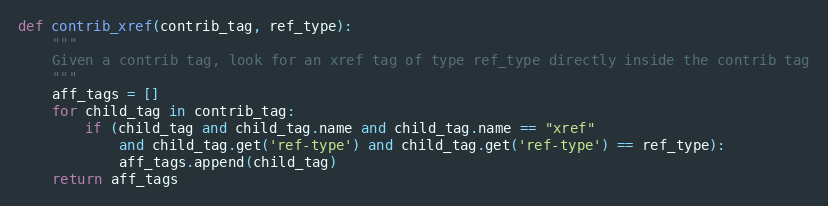
Language: Python
def contrib_xref(contrib_tag, ref_type):
    """
    Given a contrib tag, look for an xref tag of type ref_type directly inside the contrib tag
    """
    aff_tags = []
    for child_tag in contrib_tag:
        if (child_tag and child_tag.name and child_tag.name == "xref"
            and child_tag.get('ref-type') and child_tag.get('ref-type') == ref_type):
            aff_tags.append(child_tag)
    return aff_tags